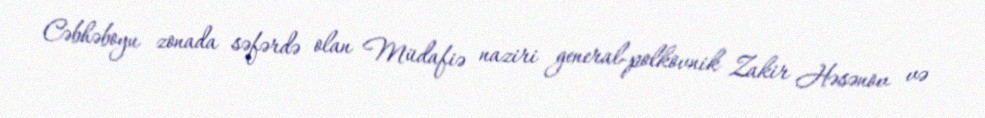
Cəbhəboyu zonada səfərdə olan Müdafiə naziri general-polkovnik Zakir Həsənov və